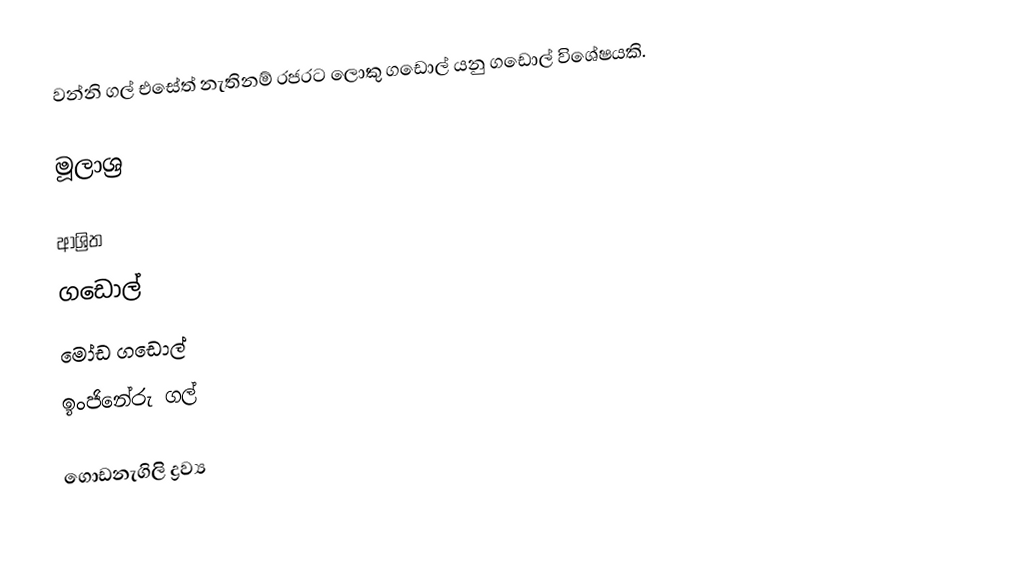
වන්නි ගල් එසේත් නැතිනම් රජරට ලොකු ගඩොල් යනු ගඩොල් විශේෂයකි.

මූලාශ්‍ර

ආශ්‍රිත
 ගඩොල්
 මෝඩ ගඩොල්
 ඉංජිනේරු ගල්

ගොඩනැගිලි ද්‍රව්‍ය